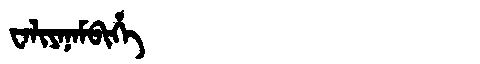
Manchu: ᠸᠠᠯᡳᠶᠠᠨᠠᠮᠪᡳᡥᡝ
Romanization: WALIYANAMBIHE